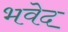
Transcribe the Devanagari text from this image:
भवेद